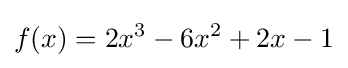
f(x)=2x^{3}-6x^{2}+2x-1